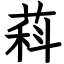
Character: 萪